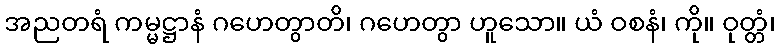
အညတရံ ကမ္မဋ္ဌာနံ ဂဟေတွာတိ၊ ဂဟေတွာ ဟူသော။ ယံ ဝစနံ၊ ကို။ ဝုတ္တံ၊